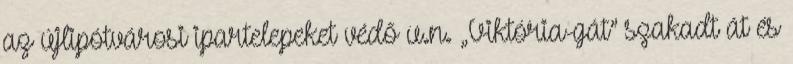
az újlipótvárosi ipartelepeket védő u.n. „Viktória-gát” szakadt át és